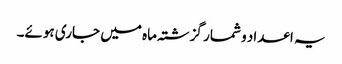
یہ اعداد و شمار گزشتہ ماہ میں جاری ہوئے۔